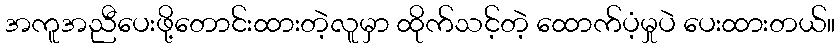
အကူအညီပေးဖို့တောင်းထားတဲ့လူမှာ ထိုက်သင့်တဲ့ ထောက်ပံ့မှုပဲ ပေးထားတယ်။